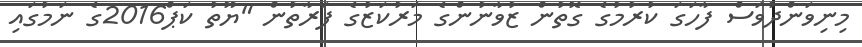
މިނިވަންދުވަސް ފާހަގަ ކުރުމުގެ ގޮތުން ޒުވާނުންގެ މަރުކަޒުގެ ފަރާތުން "ޔޫތު ކަޕް2016ގެ ނަމުގައި